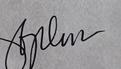
Signature authenticity: genuine